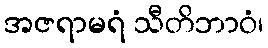
အဇရာမရံ သီတိဘာဝံ၊